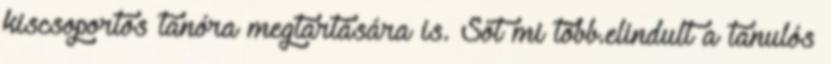
kiscsoportos tanóra megtartására is. Sőt mi több.elindult a tanulós